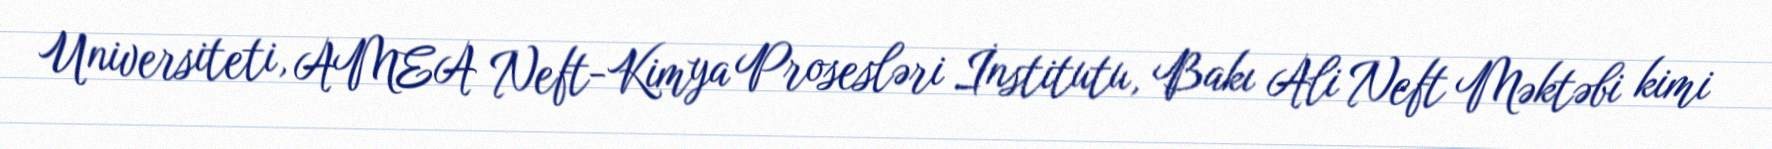
Universiteti, AMEA Neft-Kimya Prosesləri İnstitutu, Bakı Ali Neft Məktəbi kimi